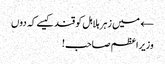
← میں زہر ہلاہل کو قند کیسے کہ دوں
وزیراعظم صاحب!